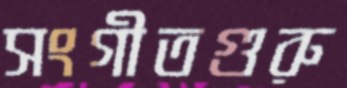
সংগীতগুরু